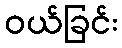
ဝယ်ခြင်း